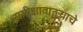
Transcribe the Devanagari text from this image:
समीक्षावाङ्मयाचे